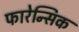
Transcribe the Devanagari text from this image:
फारेन्सिक